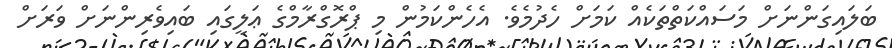
ބަލައިގަންނަށް މަސައްކަތްތަކެއް ކަަމަށް ހެދުމެވެ. އެހެންކަމުން މި ޕްރޮގްރާމްގެ ޢަލީގައި ބައިވެރިންނަށް ވަރަށް